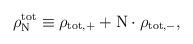
LaTeX: \begin{align*}\rho_{\rm N}^{\rm tot} \equiv \rho_{{\rm tot},+} + {\rm N} \cdot {\rho}_{{\rm tot},-} ,\end{align*}